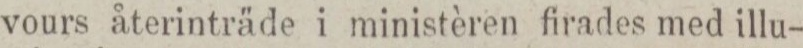
vours återinträde i ministèren firades med illu-